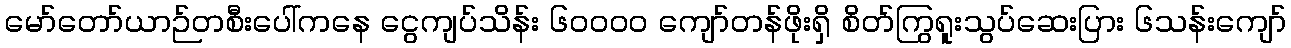
မော်တော်ယာဉ်တစီးပေါ်ကနေ ငွေကျပ်သိန်း ၆၀၀၀၀ ကျော်တန်ဖိုးရှိ စိတ်ကြွရူးသွပ်ဆေးပြား ၆သန်းကျော်